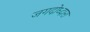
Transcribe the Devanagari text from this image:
जगदोध्दारा